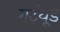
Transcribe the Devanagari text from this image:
गर्ट्‌यूड